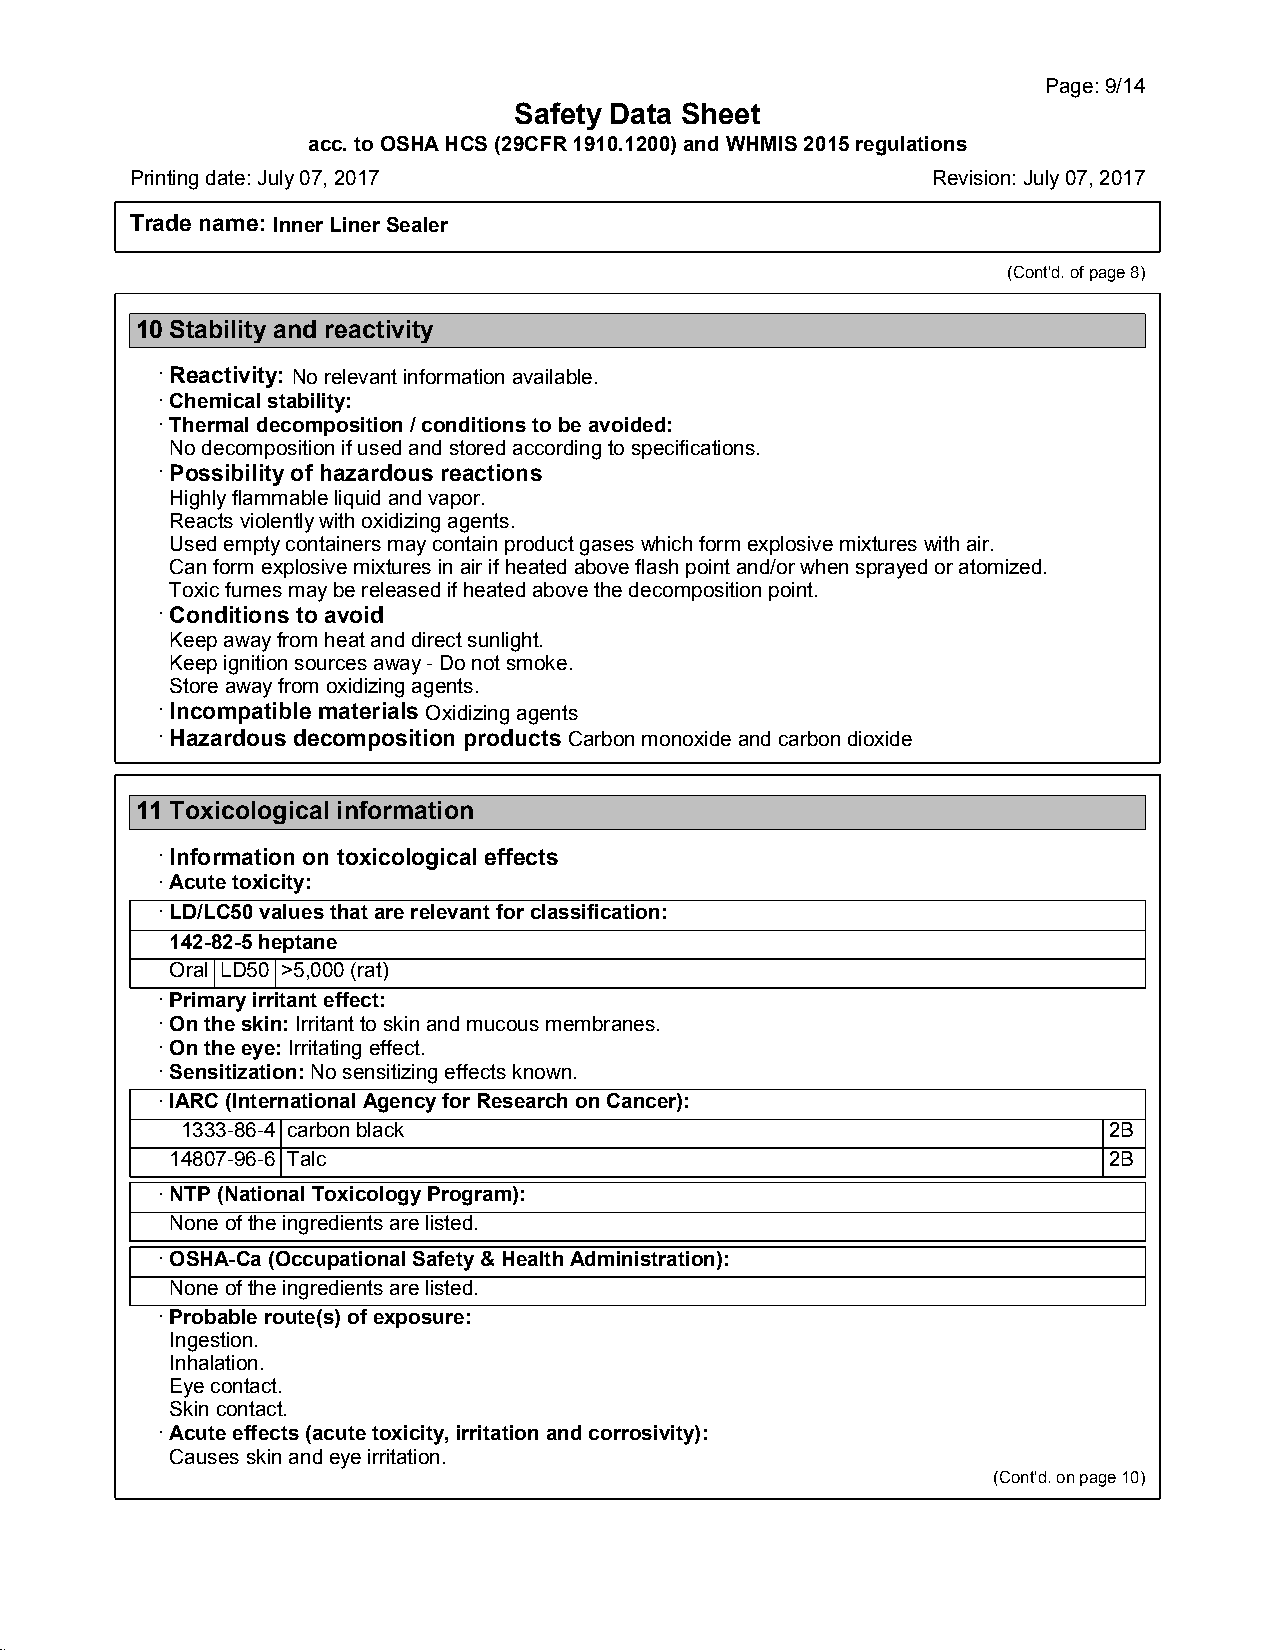
Page:9/14
 Safety Data Sheet
 acc.toOSHAHCS(29CFR1910.1200)andWHMIS2015regulations
 Printingdate:July07,2017                             Revision:July07,2017
 Trade name: InnerLinerSealer
 (Cont'd.ofpage8)
 10Stability and reactivity
 ·Reactivity: Norelevantinformationavailable.
 ·Chemicalstability:
 ·Thermaldecomposition/conditionstobeavoided:
 Nodecompositionifusedandstoredaccordingtospecifications.
 ·Possibilityof hazardous reactions
 Highlyflammableliquidandvapor.
 Reactsviolentlywithoxidizingagents.
 Usedemptycontainersmaycontainproductgaseswhichformexplosivemixtureswithair.
 Canformexplosivemixturesinairifheatedaboveflashpointand/orwhensprayedoratomized.
 Toxicfumesmaybereleasedifheatedabovethedecompositionpoint.
 ·Conditions to avoid
 Keepawayfromheatanddirectsunlight.
 Keepignitionsourcesaway-Donotsmoke.
 Storeawayfromoxidizingagents.
 ·Incompatible materials Oxidizingagents
 ·Hazardous decomposition products Carbonmonoxideandcarbondioxide
 11Toxicological information
 ·Information on toxicological effects
 ·Acutetoxicity:
 ·LD/LC50valuesthatarerelevantforclassification:
 142-82-5heptane
 Oral LD50 >5,000(rat)
 ·Primaryirritanteffect:
 ·Ontheskin:Irritanttoskinandmucousmembranes.
 ·Ontheeye:Irritatingeffect.
 ·Sensitization:Nosensitizingeffectsknown.
 ·IARC(InternationalAgencyforResearchonCancer):
 1333-86-4 carbonblack                                        2B
 14807-96-6 Talc                                               2B
 ·NTP(NationalToxicologyProgram):
 Noneoftheingredientsarelisted.
 ·OSHA-Ca(OccupationalSafety&HealthAdministration):
 Noneoftheingredientsarelisted.
 ·Probableroute(s)ofexposure:
 Ingestion.
 Inhalation.
 Eyecontact.
 Skincontact.
 ·Acuteeffects(acutetoxicity,irritationandcorrosivity):
 Causesskinandeyeirritation.
 (Cont'd.onpage10)
 45.1.4.1